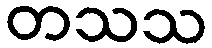
တသသ